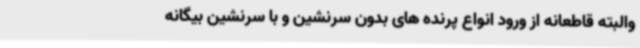
والبته قاطعانه از ورود انواع پرنده های بدون سرنشین و با سرنشین بیگانه